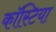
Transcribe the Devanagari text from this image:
कॉस्टिया